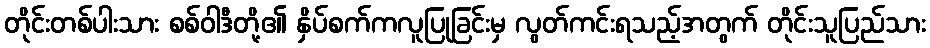
တိုင်းတစ်ပါးသား စစ်ဝါဒီတို့၏ နှိပ်စက်ကလူပြုခြင်းမှ လွတ်ကင်းရသည့်အတွက် တိုင်းသူပြည်သား